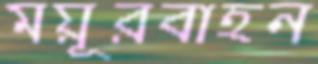
ময়ূরবাহন